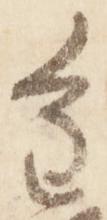
重